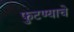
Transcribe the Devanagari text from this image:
फुटण्याचे